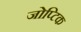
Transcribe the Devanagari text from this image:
जोप्टिक